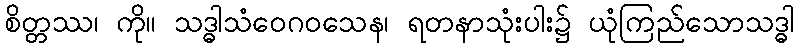
စိတ္တဿ၊ ကို။ သဒ္ဓါသံဝေဂဝသေန၊ ရတနာသုံးပါး၌ ယုံကြည်သောသဒ္ဓါ